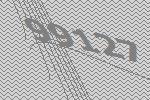
99127